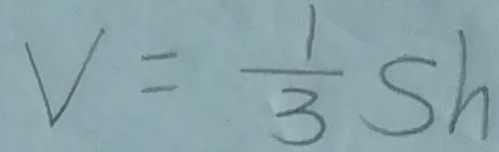
V = \frac { 1 } { 3 } s h